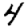
Digit: 4